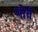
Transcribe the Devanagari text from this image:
मोर्चें